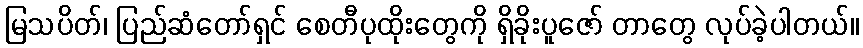
မြသပိတ်၊ ပြည်ဆံတော်ရှင် စေတီပုထိုးတွေကို ရှိခိုးပူဇော် တာတွေ လုပ်ခဲ့ပါတယ်။